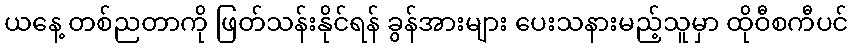
ယနေ့ တစ်ညတာကို ဖြတ်သန်းနိုင်ရန် ခွန်အားများ ပေးသနားမည့်သူမှာ ထိုဝီစကီပင်